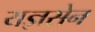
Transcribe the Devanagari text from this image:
यज्ञसेन